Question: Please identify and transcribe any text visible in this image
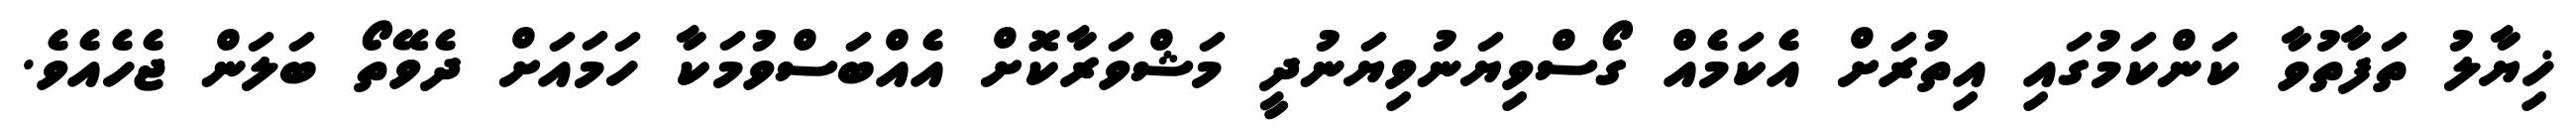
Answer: ޚިޔާލު ތަފާތުވާ ކަންކަމުގައި އިތުރަށް އެކަމެއް ގޯސްވިޔަނުވިޔަނުދީ މަޝްވަރާކޮށް އެއްބަސްވުމަކާ ހަމައަށް ދެވޭތޯ ބަލަން ޖެހެއެވެ.